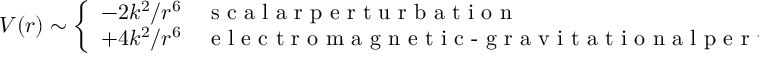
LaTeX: V ( r ) \sim \left\{ \begin{array} { c l } { { - 2 k ^ { 2 } / r ^ { 6 } } } & { { \textrm { s c a l a r p e r t u r b a t i o n } } } \\ { { + 4 k ^ { 2 } / r ^ { 6 } } } & { { \textrm { e l e c t r o m a g n e t i c - g r a v i t a t i o n a l p e r t u r b a t i o n } } } \end{array} \right.